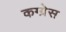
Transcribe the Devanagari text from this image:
कग्ग्रेस